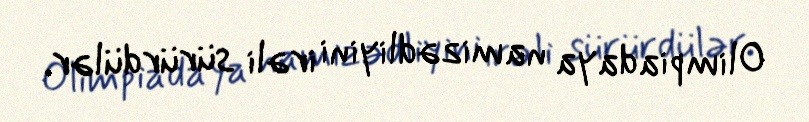
Olimpiadaya namizədliyini irəli sürürdülər.